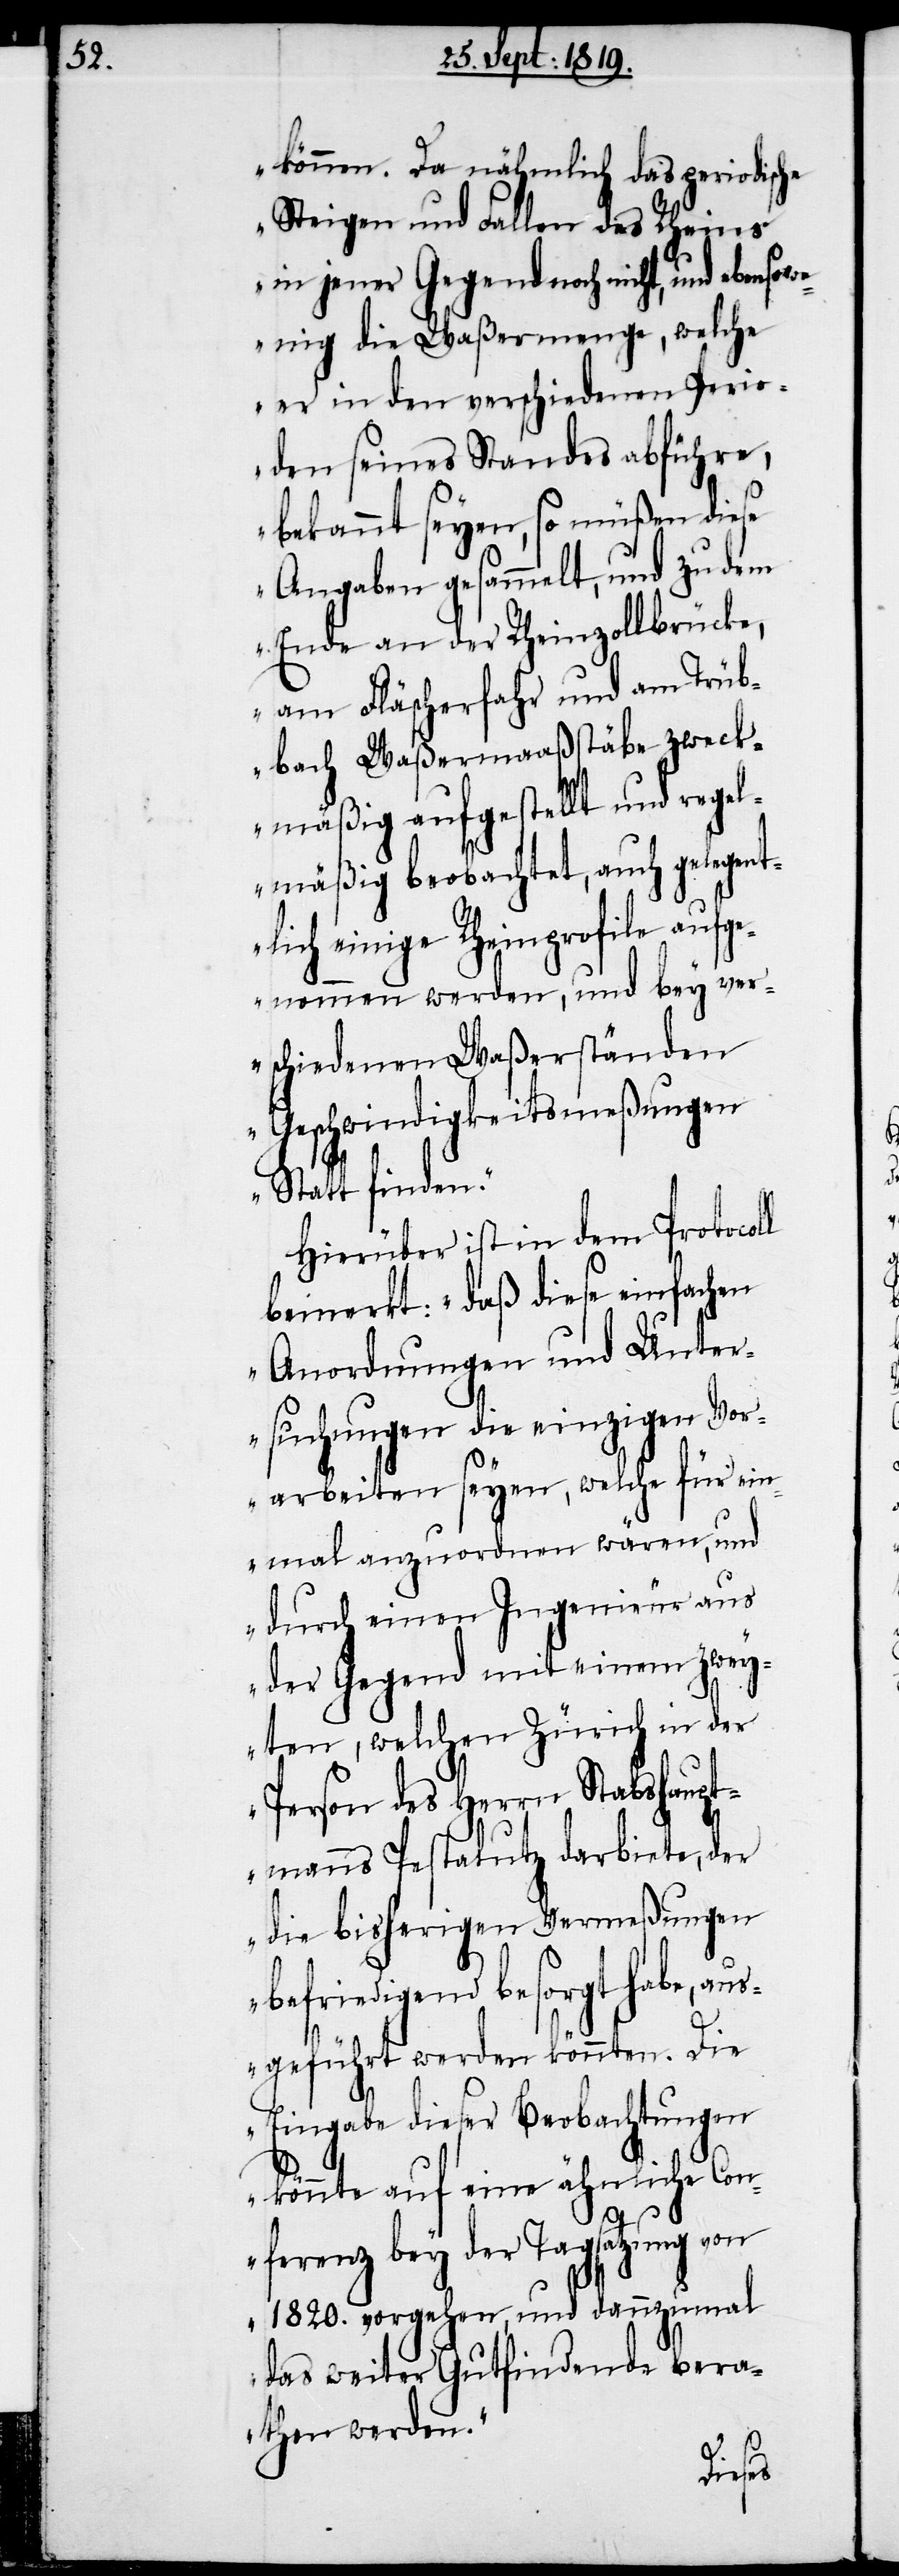
können. Da nähmlich das periodische
Steigen und Fallen des Rheins
in jener Gegend noch nicht, und ebensow¬
enig die Waßermenge, welche
er in den verschiedenen Perio¬
den seines Standes abführe,
bekannt seyen, so müßen diese
Angaben gesammelt, und zu dem
Ende an der Rheinzollbrücke,
am Fläscherfahr und am Trüb¬
bach Waßermaaßstäbe zweck¬
mäßig aufgestellt und regel¬
mäßig beobachtet, auch gelegent¬
lich einige Rheinprofile aufg¬
enommen werden, und bey ver¬
schiedenen Waßerständen
Geschwindigkeitsmeßungen
Statt finden.“
Hierüber ist in dem Protoco¬
bemerkt: „daß diese einfachen
Anordnungen und Unter¬
suchungen die einzigen Vor¬
arbeiten seyen, welche für ein¬
mal anzuordnen wären, und
durch einen Ingenieur aus
der Gegend mit einem zwey¬
ten, welchen Zürich in der
Person des Herrn Stabshaupt¬
manns Pestalutz darbiete, der
die bisherigen Vermeßungen
befriedigend besorgt habe, a¬
usgeführt werden könnten. Die
Eingabe dieser Beobachtungen
könnte auf eine ähnliche Con¬
ferenz bey der Tagsatzung von
1820. vorgehen, und dannzumal
das weiter Gutfindende bera¬
then werden.“
ll